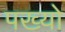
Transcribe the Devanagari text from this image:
पख्‍यो